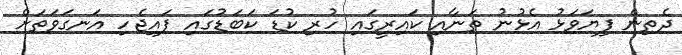
ދެތިން ފިޔަވަޅު އެޅުނު ތަނާއި ކައިރީގައި ހުރި ކުޑަ ކަބަޑުގައި ފައިޖެހި އަނގަވަތަށް